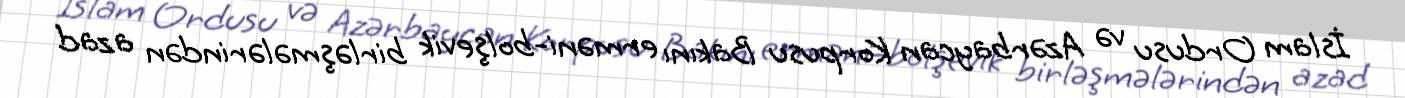
İslam Ordusu və Azərbaycan Korpusu Bakını erməni-bolşevik birləşmələrindən azad